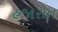
હજારોન